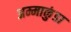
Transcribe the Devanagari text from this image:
अम्माकुंडा